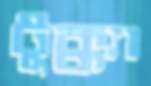
টুক্ক্যা